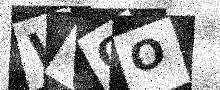
Text: WVOO